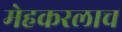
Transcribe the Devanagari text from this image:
मेहकरलाच